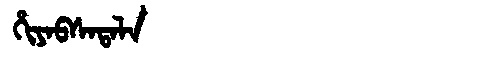
Manchu: ᡥᡳᠶᠠᠪᠰᠠᡨᠠᠯᠠ
Romanization: HIYABSATALA